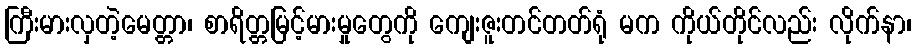
ကြီးမားလှတဲ့မေတ္တာ၊ စာရိတ္တမြင့်မားမှုတွေကို ကျေးဇူးတင်တတ်ရုံ မက ကိုယ်တိုင်လည်း လိုက်နာ၊